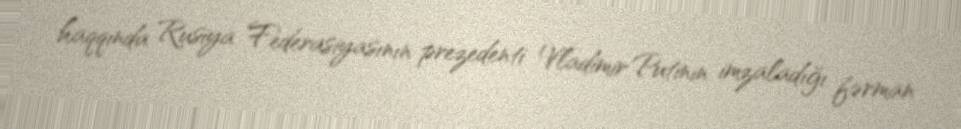
haqqında Rusiya Federasiyasının prezedenti Vladimir Putinin imzaladığı fərman